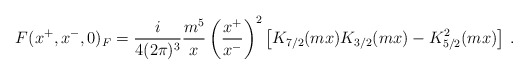
\begin{align*}F(x^+,x^-,0)_F=\frac{i}{4(2\pi)^3} \frac{m^5}{x} \left(\frac{x^+}{x^-} \right)^2\left[ K_{7/2}(mx)K_{3/2}(mx)-K^2_{5/2}(mx) \right]\,.\end{align*}